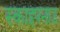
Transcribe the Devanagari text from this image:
स्काइपनाउ